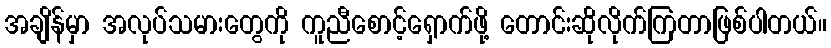
အချိန်မှာ အလုပ်သမားတွေကို ကူညီစောင့်ရှောက်ဖို့ တောင်းဆိုလိုက်ကြတာဖြစ်ပါတယ်။